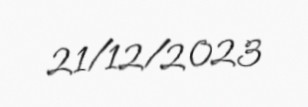
21/12/2023